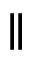
\parallel